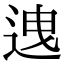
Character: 𨒧